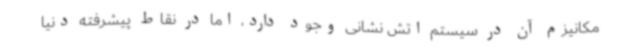
مکانیزم آن در سیستم اتش نشانی وجود دارد، اما در نقاط پیشرفته دنیا